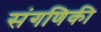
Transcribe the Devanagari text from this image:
संगणिकी